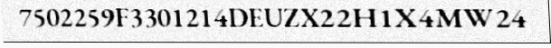
7502259F3301214DEUZX22H1X4MW24